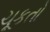
ચૂકતો